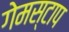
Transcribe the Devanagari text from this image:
गेमस्टाप